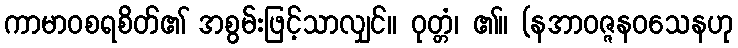
ကာမာဝစရစိတ်၏ အစွမ်းဖြင့်သာလျှင်။ ဝုတ္တံ၊ ၏။ (နအာဝဇ္ဇနဝသေနဟု